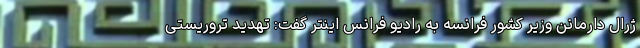
ژرال دارمانن وزیر کشور فرانسه به رادیو فرانس اینتر گفت: تهدید تروریستی